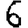
Digit: 6